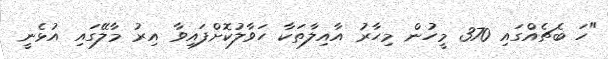
"ހަ ބެޗެއްގައި 370 މީހުން މިހާރު އާއިލާތަކާ ހަވާލުކޮށްފައިވާ އިރު މާލޭގައި އުޅެނީ